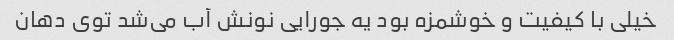
خیلی با کیفیت و خوشمزه بود یه جورایی نونش آب می‌شد توی دهان